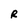
Character: R